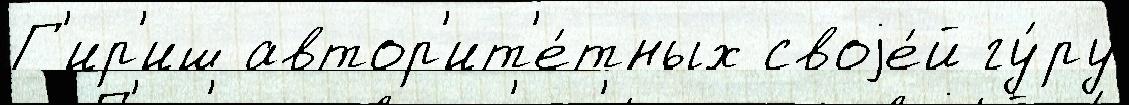
Г'ир'иш автор'ит'е́тных своjе́й гу́ру